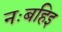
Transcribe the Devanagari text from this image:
नःबहिइ